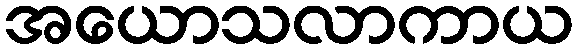
အယောသလာကာယ